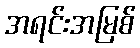
အရင်းအမြစ်